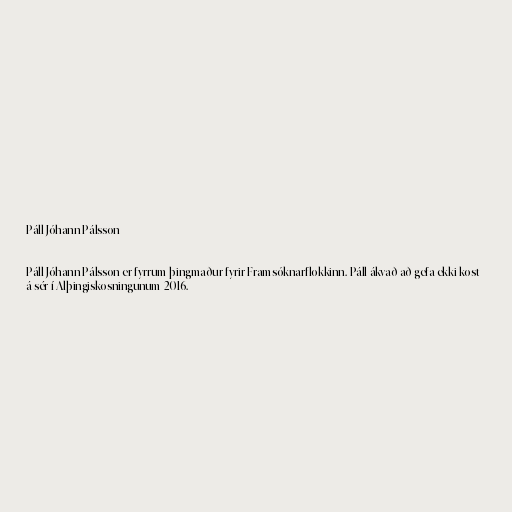
Páll Jóhann Pálsson

Páll Jóhann Pálsson er fyrrum þingmaður fyrir Framsóknarflokkinn. Páll ákvað að gefa ekki kost
á sér í Alþingiskosningunum 2016.